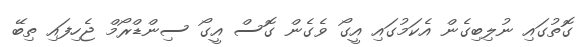
ގޮތުގައި ނުލިބިގެން އެކަމުގައި އީގޯ ވެގެން ގޮސް އީގޯ ސިންޑްރޯމް ޖެހިފައި ތިބޭ